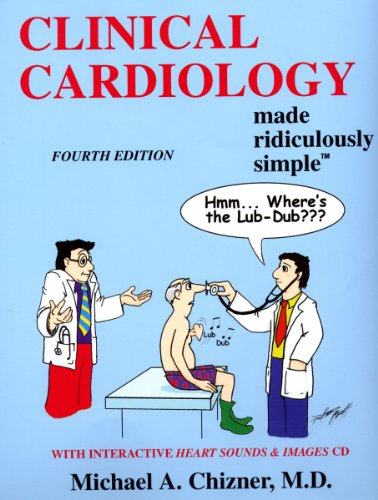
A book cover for Clinical Cardiology Made Ridiculously Simple (Edition 4) (Medmaster Ridiculously Simple); Michael Chizner; Test Preparation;